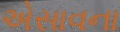
એસાવના